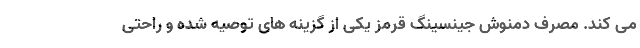
می کند. مصرف دمنوش جینسینگ قرمز یکی از گزینه های توصیه شده و راحتی